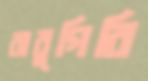
বাবুগিরি